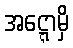
အဋ္ဋောမှိ